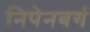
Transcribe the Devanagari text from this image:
निपेनबर्ग